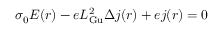
\sigma _ { 0 } { \boldsymbol E } ( { \boldsymbol r } ) - e L _ { \mathrm { G u } } ^ { 2 } \Delta { \boldsymbol j } ( { \boldsymbol r } ) + e { \boldsymbol j } ( { \boldsymbol r } ) = 0